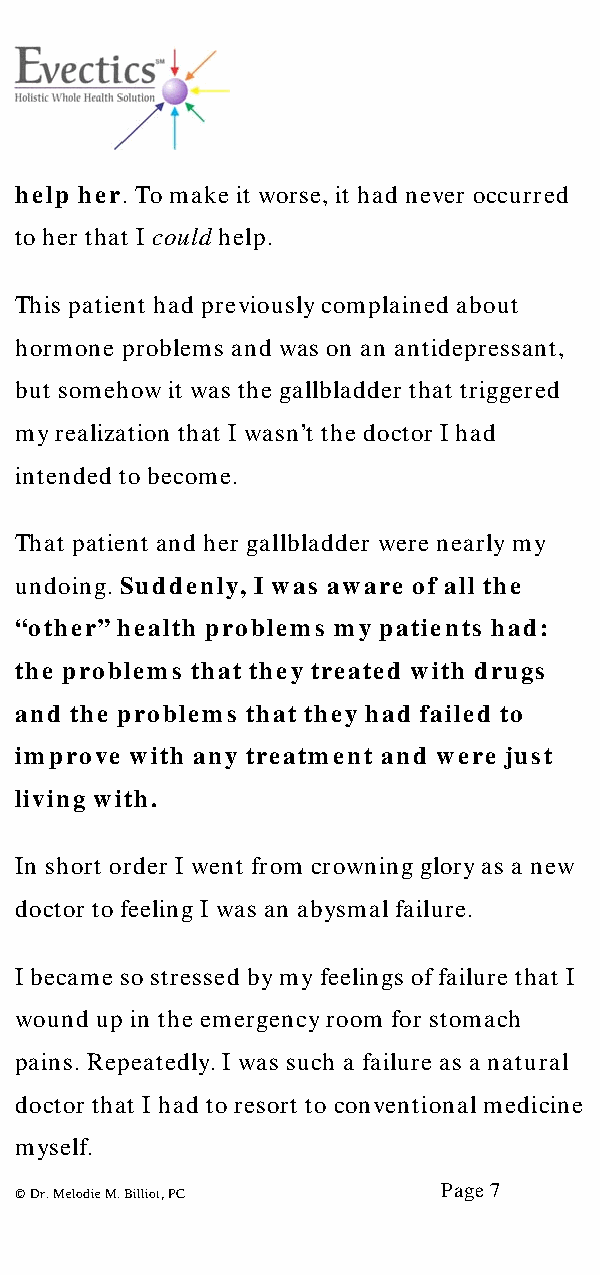
help her. To make it worse, it had never occurred
 to her that I could help.
 This patient had previously complained about
 hormone problems and was on an antidepressant,
 but somehow it was the gallbladder that triggered
 my realization that I wasn’t the doctor I had
 intended to become.
 That patient and her gallbladder were nearly my
 undoing. Suddenly, I was aware of all the
 “other” health problems my patients had:
 the problems that they treated with drugs
 and the problems that they had failed to
 improve with any treatment and were just
 living with.
 In short order I went from crowning glory as a new
 doctor to feeling I was an abysmal failure.
 I became so stressed by my feelings of failure that I
 wound up in the emergency room for stomach
 pains. Repeatedly. I was such a failure as a natural
 doctor that I had to resort to conventional medicine
 myself.
 Page 7
 © Dr. Melodie M. Billiot, PC